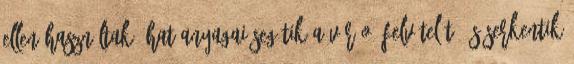
ellen használtak. Hatóanyagai segítik a vér O2-felvételét, és serkentik